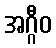
အဂ္ဂီဝ